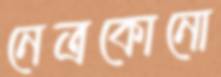
নেত্রকোনো